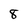
Character: 8